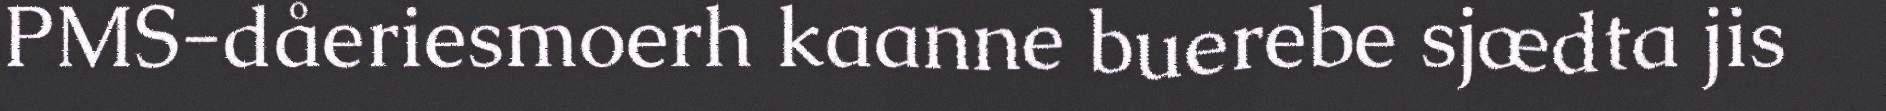
PMS-dåeriesmoerh kaanne buerebe sjædta jis